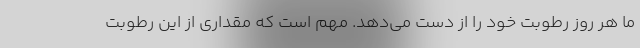
ما هر روز رطوبت خود را از دست می‌دهد. مهم است که مقداری از این رطوبت